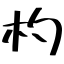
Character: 杓